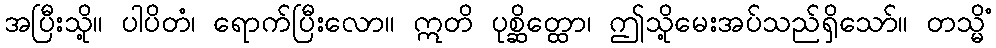
အပြီးသို့။ ပါပိတံ၊ ရောက်ပြီးလော။ ဣတိ ပုစ္ဆိတ္ထော၊ ဤသို့မေးအပ်သည်ရှိသော်။ တသ္မိံ